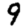
Digit: 9